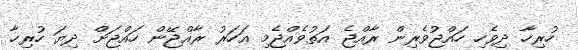
ހުރިހާ ދިވެހި ހައްޖުވެރިން ރާއްޖެ އަތުވެއްޖެމި އަހަރު ރާއްޖޭން ހައްޖަށް ދިޔަ ހުރިހާ